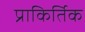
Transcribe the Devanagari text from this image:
प्राकिर्तिक